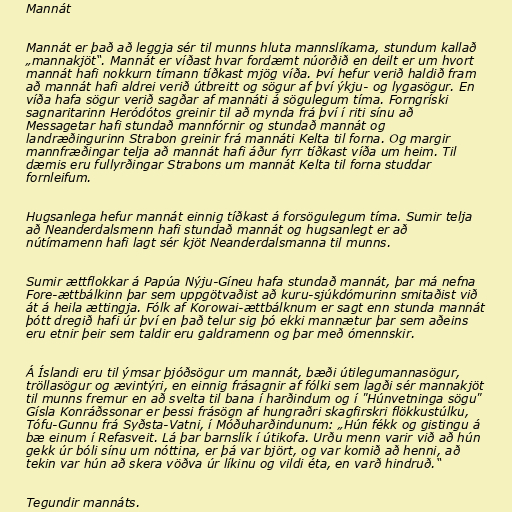
Mannát

Mannát er það að leggja sér til munns hluta mannslíkama, stundum kallað
„mannakjöt“. Mannát er víðast hvar fordæmt núorðið en deilt er um hvort
mannát hafi nokkurn tímann tíðkast mjög víða. Því hefur verið haldið fram
að mannát hafi aldrei verið útbreitt og sögur af því ýkju- og lygasögur. En
víða hafa sögur verið sagðar af mannáti á sögulegum tíma. Forngríski
sagnaritarinn Heródótos greinir til að mynda frá því í riti sínu að
Messagetar hafi stundað mannfórnir og stundað mannát og
landræðingurinn Strabon greinir frá mannáti Kelta til forna. Og margir
mannfræðingar telja að mannát hafi áður fyrr tíðkast víða um heim. Til
dæmis eru fullyrðingar Strabons um mannát Kelta til forna studdar
fornleifum.

Hugsanlega hefur mannát einnig tíðkast á forsögulegum tíma. Sumir telja
að Neanderdalsmenn hafi stundað mannát og hugsanlegt er að
nútímamenn hafi lagt sér kjöt Neanderdalsmanna til munns.

Sumir ættflokkar á Papúa Nýju-Gíneu hafa stundað mannát, þar má nefna
Fore-ættbálkinn þar sem uppgötvaðist að kuru-sjúkdómurinn smitaðist við
át á heila ættingja. Fólk af Korowai-ættbálknum er sagt enn stunda mannát
þótt dregið hafi úr því en það telur sig þó ekki mannætur þar sem aðeins
eru etnir þeir sem taldir eru galdramenn og þar með ómennskir.

Á Íslandi eru til ýmsar þjóðsögur um mannát, bæði útilegumannasögur,
tröllasögur og ævintýri, en einnig frásagnir af fólki sem lagði sér mannakjöt
til munns fremur en að svelta til bana í harðindum og í "Húnvetninga sögu"
Gísla Konráðssonar er þessi frásögn af hungraðri skagfirskri flökkustúlku,
Tófu-Gunnu frá Syðsta-Vatni, í Móðuharðindunum: „Hún fékk og gistingu á
bæ einum í Refasveit. Lá þar barnslík í útikofa. Urðu menn varir við að hún
gekk úr bóli sínu um nóttina, er þá var björt, og var komið að henni, að
tekin var hún að skera vöðva úr líkinu og vildi éta, en varð hindruð.“

Tegundir mannáts.